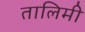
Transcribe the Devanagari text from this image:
तालिमी